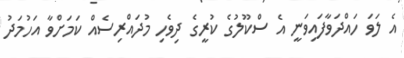
އެ ލަވަ ހައްދަވާފައިވަނީ އެ ސްކޫލުގެ ކުރީގެ ދިވެހި މުދައްރިސެއް ކަމަށްވާ އަހުމަދު